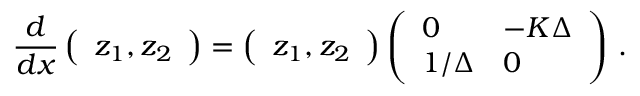
{ \frac { d } { d x } } \left( \begin{array} { l } { z _ { 1 } , z _ { 2 } } \end{array} \right) = \left( \begin{array} { l } { z _ { 1 } , z _ { 2 } } \end{array} \right) \left( \begin{array} { l l } { 0 } & { - K \Delta } \\ { 1 / \Delta } & { 0 } \end{array} \right) \, .